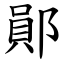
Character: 鄖